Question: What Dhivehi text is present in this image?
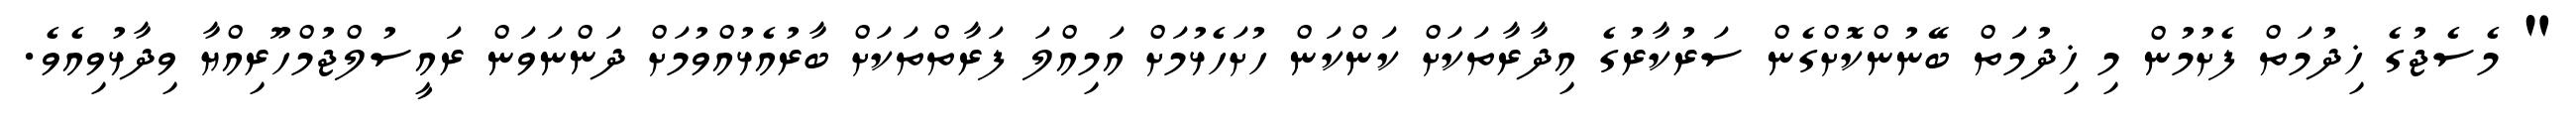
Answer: " މެސެޖުގެ ޚިދުމަތް ފެށުމުން މި ޚިދުމަތް ބޭނުންކޮށްގެން ސަރުކާރުގެ އިދާރާތަކަށް ކަންކަން ހުށަހެޅުމަށް އަމިއްލަ ފަރާތްތަކަށް ބާރުއެޅުއްވުމަށް ދަންނަވަން ރައީސުލްޖުމްހޫރިއްޔާ ވިދާޅުވިއެވެ.